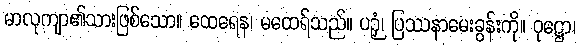
မာလုကျာ၏သားဖြစ်သော။ ထေရေန၊ မထေရ်သည်။ ပဉှံ၊ ပြဿနာမေးခွန်းကို။ ဝုဋ္ဌော၊